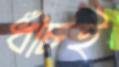
ধাঁচই